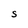
Character: S